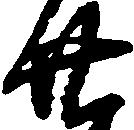
廿